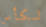
لكأس